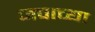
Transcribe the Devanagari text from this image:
जवाच्या